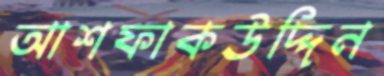
আশফাকউদ্দিন